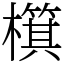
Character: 檱